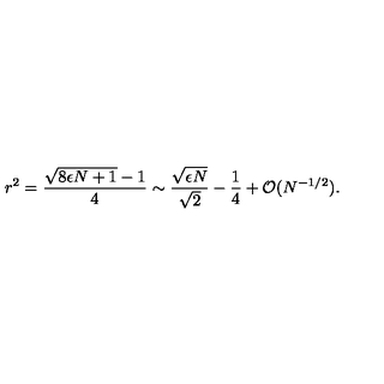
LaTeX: r ^ { 2 } = \frac { \sqrt { 8 \epsilon N + 1 } - 1 } { 4 } \sim \frac { \sqrt { \epsilon N } } { \sqrt { 2 } } - \frac { 1 } { 4 } + { \cal O } ( N ^ { - 1 / 2 } ) .